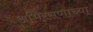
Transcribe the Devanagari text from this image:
अभिरसणाच्या